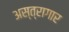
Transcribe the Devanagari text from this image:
अस्त्रागार